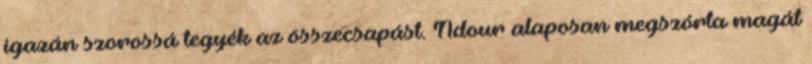
igazán szorossá tegyék az összecsapást. Ndour alaposan megszórta magát